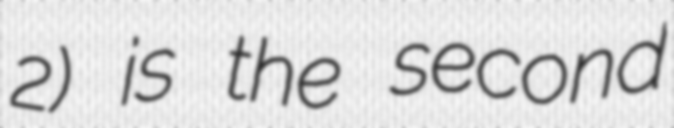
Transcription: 2) is the second